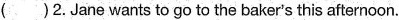
( )2. Jane wants to go to the baker's this afternoon.